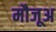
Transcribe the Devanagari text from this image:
मौजूअ